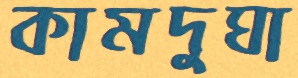
কামদুঘা